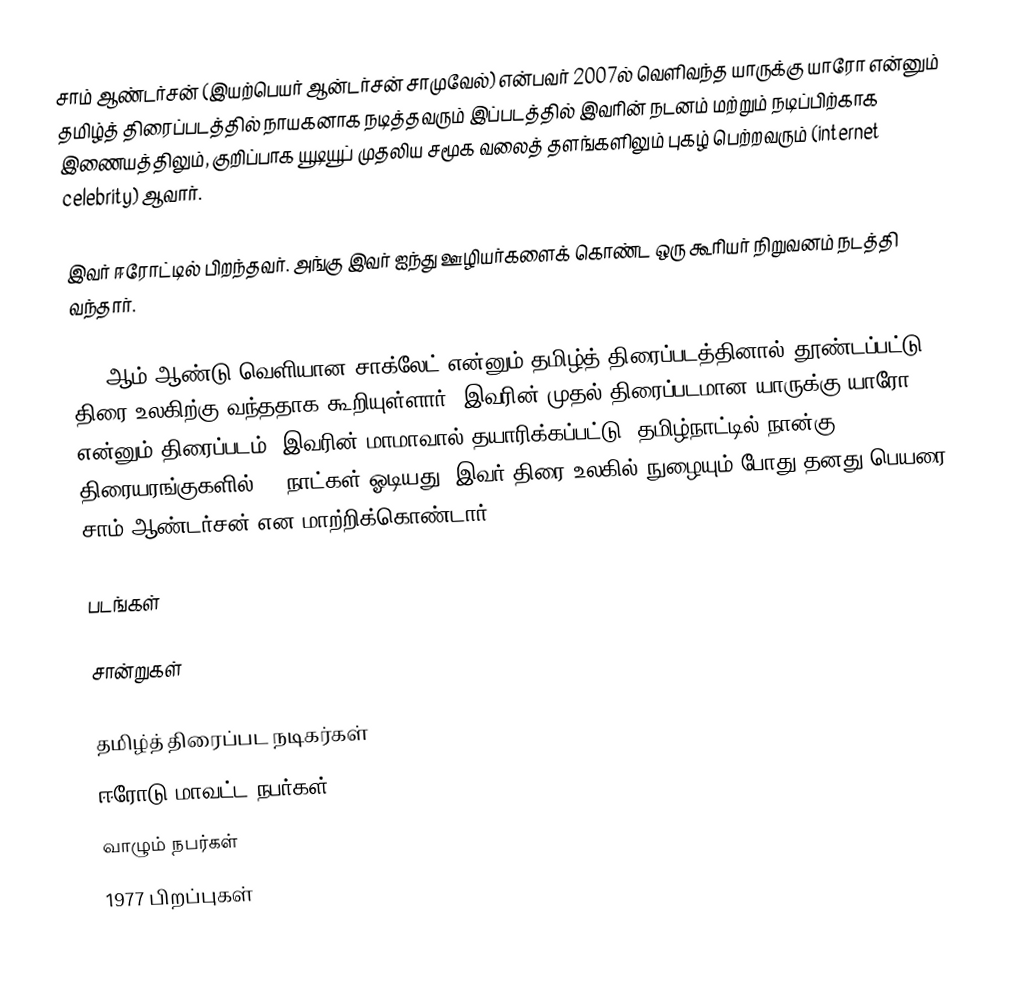
சாம் ஆண்டர்சன் (இயற்பெயர் ஆன்டர்சன் சாமுவேல்) என்பவர் 2007ல் வெளிவந்த யாருக்கு யாரோ என்னும் தமிழ்த் திரைப்படத்தில் நாயகனாக நடித்தவரும் இப்படத்தில் இவரின் நடனம் மற்றும் நடிப்பிற்காக இணையத்திலும், குறிப்பாக யூடியூப் முதலிய சமூக வலைத் தளங்களிலும் புகழ் பெற்றவரும் (internet celebrity) ஆவார்.

இவர் ஈரோட்டில் பிறந்தவர். அங்கு இவர் ஐந்து ஊழியர்களைக் கொண்ட ஒரு கூரியர் நிறுவனம் நடத்தி வந்தார்.

2001ஆம் ஆண்டு வெளியான சாக்லேட் என்னும் தமிழ்த் திரைப்படத்தினால் தூண்டப்பட்டு திரை உலகிற்கு வந்ததாக கூறியுள்ளார். இவரின் முதல் திரைப்படமான யாருக்கு யாரோ என்னும் திரைப்படம், இவரின் மாமாவால் தயாரிக்கப்பட்டு, தமிழ்நாட்டில் நான்கு திரையரங்குகளில் 25 நாட்கள் ஓடியது. இவர் திரை உலகில் நுழையும் போது தனது பெயரை சாம் ஆண்டர்சன் என மாற்றிக்கொண்டார்.

படங்கள்

சான்றுகள்

தமிழ்த் திரைப்பட நடிகர்கள்
ஈரோடு மாவட்ட நபர்கள்
வாழும் நபர்கள்
1977 பிறப்புகள்